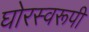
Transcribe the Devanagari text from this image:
घोरस्वरूपी